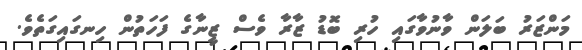
މަންޒަރު ބަލަން ވާނުވާގައި ހުރި ބޮޑު ޒާރާ ވެސް ޒީނާގެ ފަހަތުން ހިނގައިގަތެވެ.